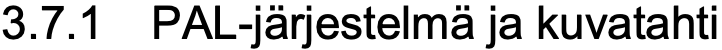
3.7.1 PAL-järjestelmä ja kuvatahti